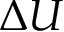
\Delta U